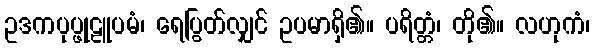
ဥဒကပုပ္ဖုဠူပမံ၊ ရေပြွတ်လျှင် ဥပမာရှိ၏။ ပရိတ္တံ၊ တို၏။ လဟုကံ၊